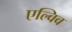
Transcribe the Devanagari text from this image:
एल्विव